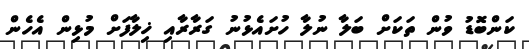
ކަންބޮޑު ވުން ތަކަށް ބަލާ ނުލާ ހުށައެޅުނު ގަރާރާއި ޚިލާފަށް މުޅިން އެހެން